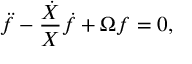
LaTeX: \ddot { f } - \frac { \dot { X } } { X } \dot { f } + \Omega f = 0 ,